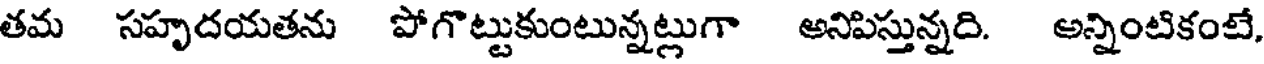
తమ సహృదయతను పోగొట్టుకుంటున్నట్లుగా అనిపిస్తున్నది. అన్నింటికంటే,